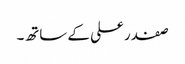
صفدر علی کے ساتھ۔